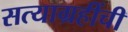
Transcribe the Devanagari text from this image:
सत्याग्रहींची